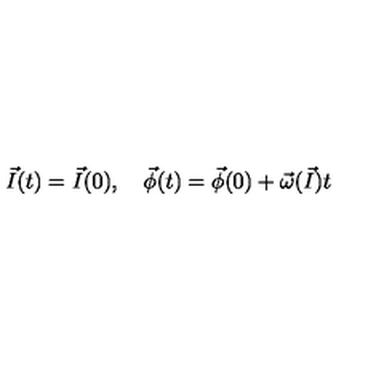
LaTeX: { \vec { I } } ( t ) = { \vec { I } } ( 0 ) , \quad { \vec { \phi } } ( t ) = { \vec { \phi } } ( 0 ) + { \vec { \omega } } ( { \vec { I } } ) t